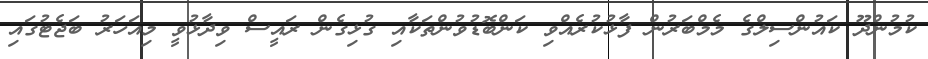
ކުމުންދޫ ކައުުންސިލްގެ މެމްބަރުން ފާޅުކުރެއްވި ކަންބޮޑުވުންތަކާއި ގުޅިގެން ރައީސް ވިދާޅުވީ މިއަހަރު ބަޖެޓުގައި